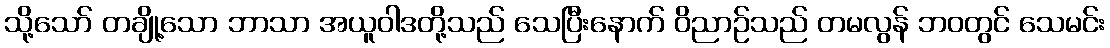
သို့သော် တချို့သော ဘာသာ အယူဝါဒတို့သည် သေပြီးနောက် ဝိညာဉ်သည် တမလွန် ဘဝတွင် သေမင်း